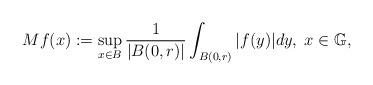
LaTeX: \begin{align*}Mf(x):=\sup_{x\in{B}}\frac{1}{|B(0,r)|}\int_{B(0,r)}|f(y)|dy, \;x\in\mathbb{G},\end{align*}